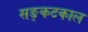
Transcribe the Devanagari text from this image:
सङ्कटकाल